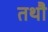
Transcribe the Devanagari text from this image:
तथौ